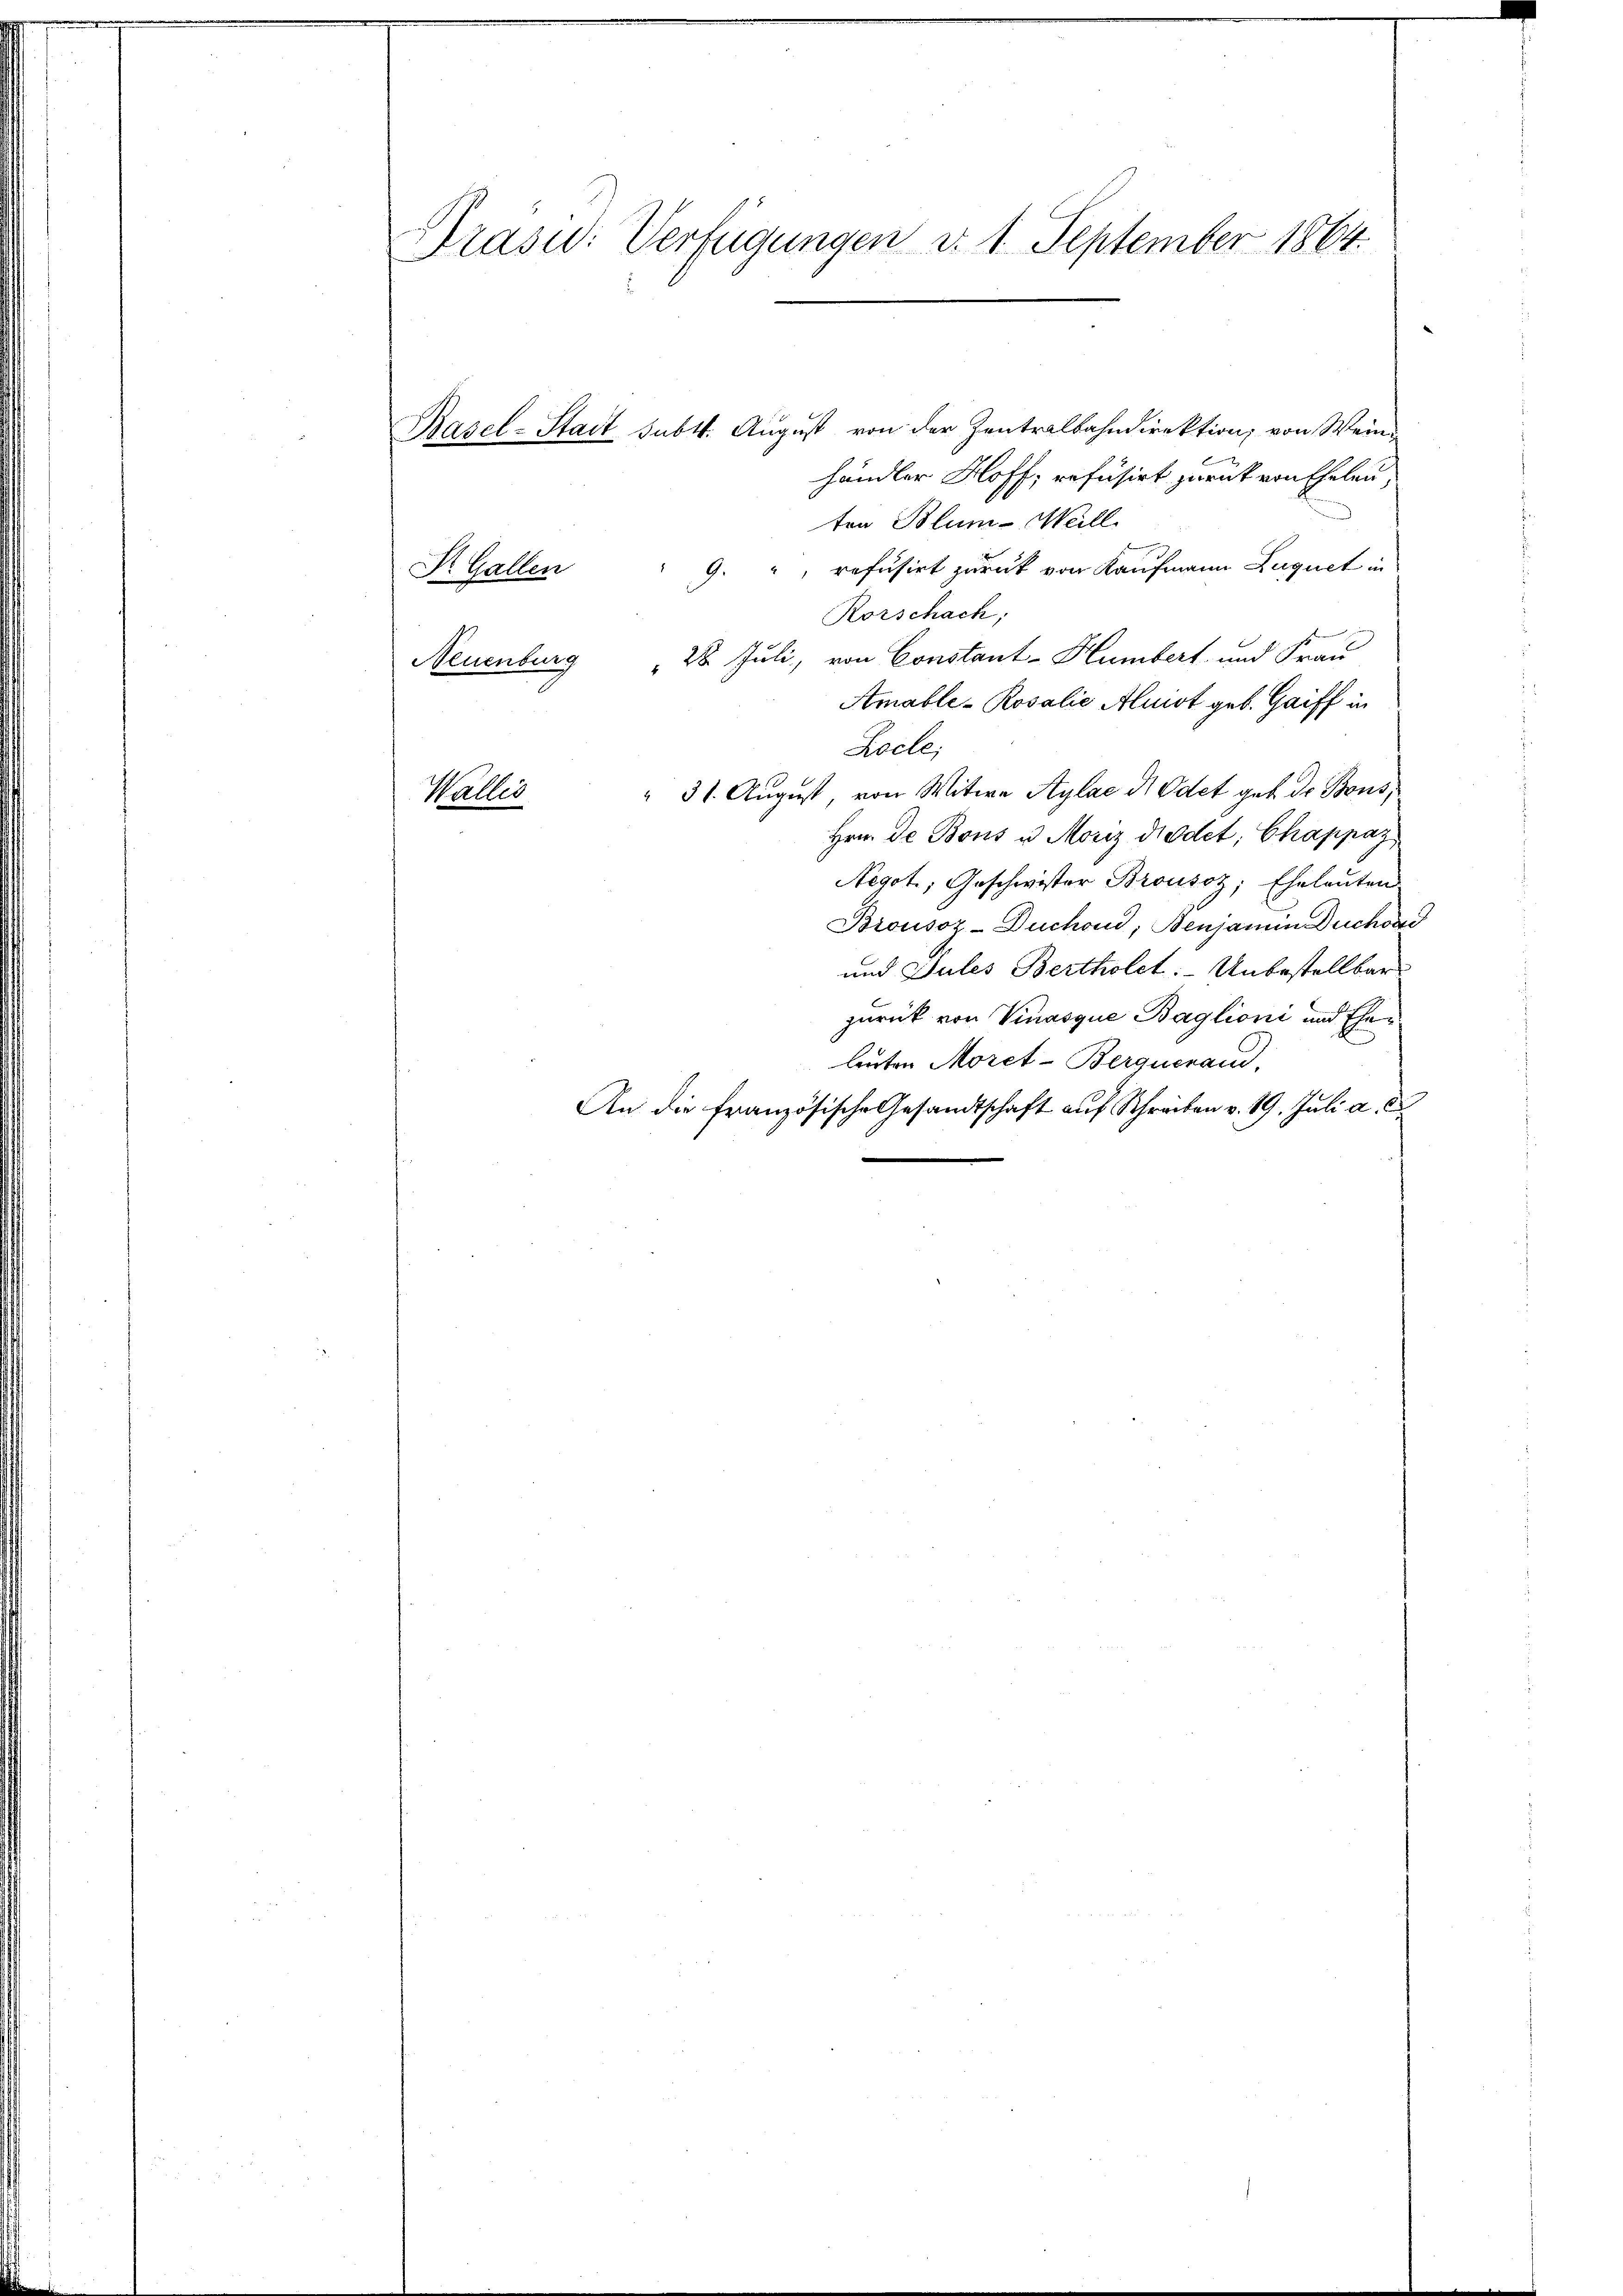
Präsid.: Verfügungen d. 1. September 1864.

Basel-Stadt subst. August von der Zentralbahndirektion, von Weinhändler Hoff, refusirt zurück von Ehelen,
ten Blum-Meill
Dr. Gallen " 9. " refusirt zurück von Kaufmann Luguet in
Rorschach,
d
Neuenburg " 28 Juli, von Constant-Humbert und Frau
Amable-Rosalie Aluiot geb. Gaiff in
Rocle;
" 31. August von Witwe Aylae d. Odet geb. de Bons,
Wallis
Hrn. De Bons u. Moriz diodet; Chappaz
Negot; Geschwister Brousoz, Eheleuten
Brousoz-Duchond, Benjamin Duchowi
und Jules Bertholet. Unbestellbar
zurück von Vinasque Baglioni und Eheleuten Moret-Berquerau
An die französische Gesandtschaft auf Schreiben v. 19. Juli a. c.